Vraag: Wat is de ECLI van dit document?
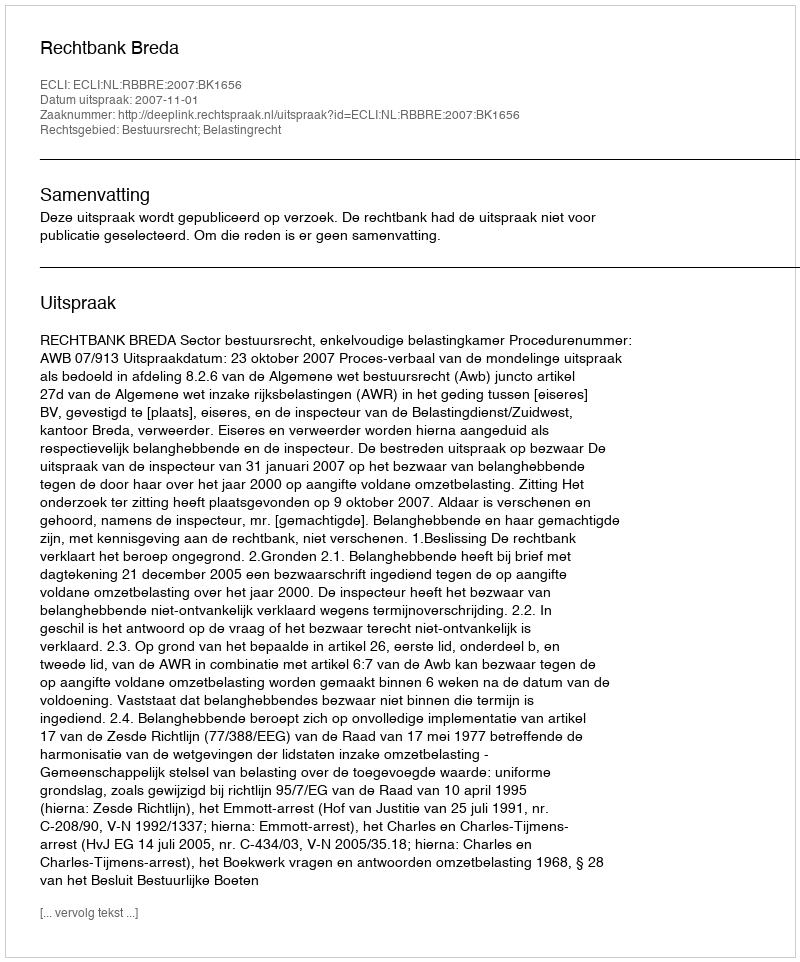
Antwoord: ECLI:NL:RBBRE:2007:BK1656